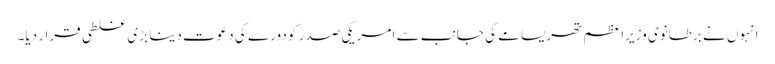
انہوں نے برطانوی وزیراعظم تھریسامے کی جانب سے امریکی صدر کو دورے کی دعوت دینا بڑی غلطی قرار دیا۔